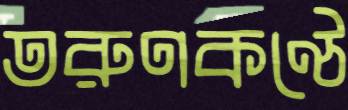
তরুণকণ্ঠে